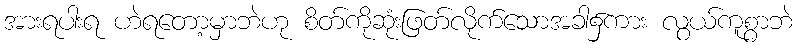
အားရပါးရ ဟဲရတော့မှာဘဲဟု စိတ်ကိုဆုံးဖြတ်လိုက်သောအခါ၌ကား လွယ်ကူစွာဘဲ